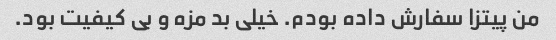
من پیتزا سفارش داده بودم. خیلی بد مزه و بی کیفیت بود.